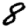
Digit: 8